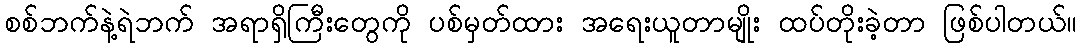
စစ်ဘက်နဲ့ရဲဘက် အရာရှိကြီးတွေကို ပစ်မှတ်ထား အရေးယူတာမျိုး ထပ်တိုးခဲ့တာ ဖြစ်ပါတယ်။